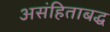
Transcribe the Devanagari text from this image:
असंहिताबद्ध